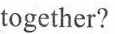
together?